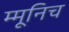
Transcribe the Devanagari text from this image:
म्मूनिच